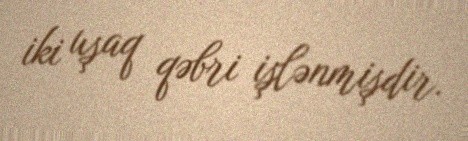
iki uşaq qəbri işlənmişdir.